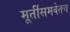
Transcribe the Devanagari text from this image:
मूर्तीसमवेतच